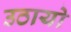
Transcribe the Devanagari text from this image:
उठायो